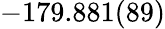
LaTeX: -179.881(89)